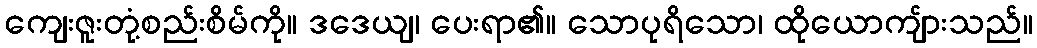
ကျေးဇူးတုံ့စည်းစိမ်ကို။ ဒဒေယျ၊ ပေးရာ၏။ သောပုရိသော၊ ထိုယောကျ်ားသည်။